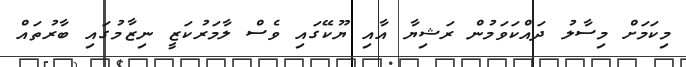
މިކަމަށް މިސާލު ދައްކަވަމުން ރަޝިޔާ އާއި ޔޫކޭގައި ވެސް ލާމަރުކަޒީ ނިޒާމުގައި ބާރުތައް